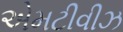
એમટીવીઝ